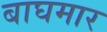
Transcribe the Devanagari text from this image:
बाघमार